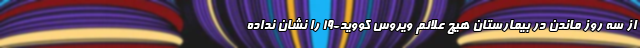
از سه روز ماندن در بیمارستان هیچ علائم ویروس کووید-۱۹ را نشان نداده